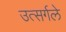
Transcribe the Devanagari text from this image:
उत्सर्गले